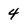
Character: 4